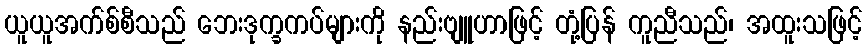
ယူယူအက်စ်စီသည် ဘေးဒုက္ခကပ်များကို နည်းဗျူဟာဖြင့် တုံ့ပြန် ကူညီသည်၊ အထူးသဖြင့်